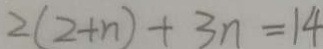
2 ( 2 + n ) + 3 n = 1 4